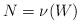
LaTeX: \begin{align*}N=\nu(W)\end{align*}